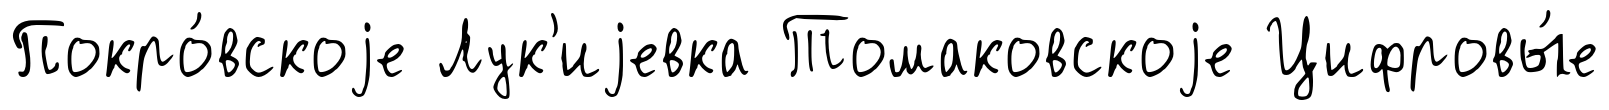
Покро́вскоjе Лук'иjевка Томаковскоjе Цифровы́е